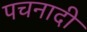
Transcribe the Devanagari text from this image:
पचनादी